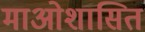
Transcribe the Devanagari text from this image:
माओशासित